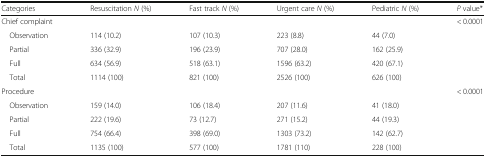
| Categories | Resuscitation N (%) | Fast track N (%) | Urgent care N (%) | Pediatric N (%) | P value* |
 | --- | --- | --- | --- | --- | --- |
 | Chief complaint |  |  |  |  | < 0.0001 |
 | Observation | 114 (10.2) | 107 (10.3) | 223 (8.8) | 44 (7.0) | <ROWSPAN=4>  |
 | Partial | 336 (32.9) | 196 (23.9) | 707 (28.0) | 162 (25.9) |
 | Full | 634 (56.9) | 518 (63.1) | 1596 (63.2) | 420 (67.1) |
 | Total | 1114 (100) | 821 (100) | 2526 (100) | 626 (100) |
 | Procedure |  |  |  |  | < 0.0001 |
 | Observation | 159 (14.0) | 106 (18.4) | 207 (11.6) | 41 (18.0) | <ROWSPAN=4>  |
 | Partial | 222 (19.6) | 73 (12.7) | 271 (15.2) | 44 (19.3) |
 | Full | 754 (66.4) | 398 (69.0) | 1303 (73.2) | 142 (62.7) |
 | Total | 1135 (100) | 577 (100) | 1781 (110) | 228 (100) |